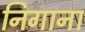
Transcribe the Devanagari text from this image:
निगाना